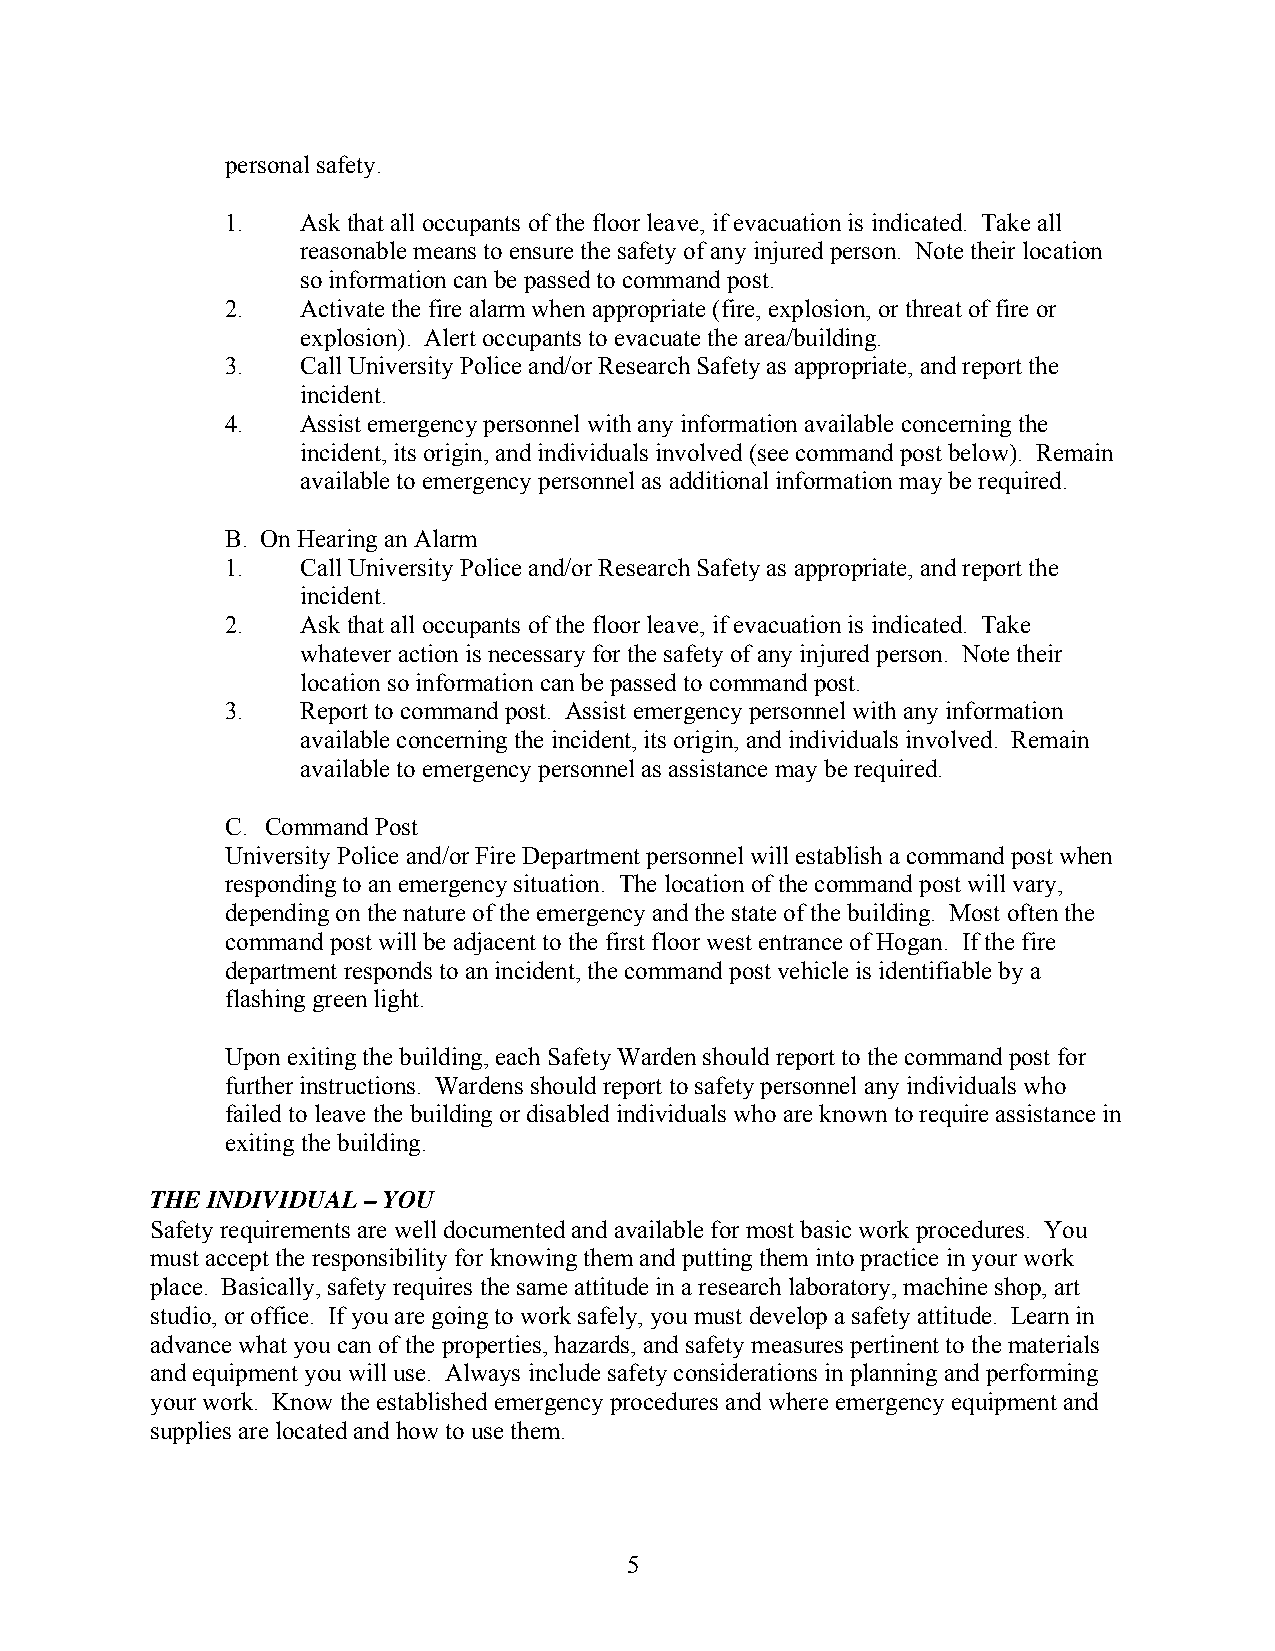
personal safety.
 1.   Ask that all occupants of the floor leave, if evacuation is indicated. Take all
 reasonable means to ensure the safety of any injured person. Note their location
 so information can be passed to command post.
 2.   Activate the fire alarm when appropriate (fire, explosion, or threat of fire or
 explosion). Alert occupants to evacuate the area/building.
 3.   Call University Police and/or Research Safety as appropriate, and report the
 incident.
 4.   Assist emergency personnel with any information available concerning the
 incident, its origin, and individuals involved (see command post below). Remain
 available to emergency personnel as additional information may be required.
 B. On Hearing an Alarm
 1.   Call University Police and/or Research Safety as appropriate, and report the
 incident.
 2.   Ask that all occupants of the floor leave, if evacuation is indicated. Take
 whatever action is necessary for the safety of any injured person. Note their
 location so information can be passed to command post.
 3.   Report to command post. Assist emergency personnel with any information
 available concerning the incident, its origin, and individuals involved. Remain
 available to emergency personnel as assistance may be required.
 C. Command Post
 University Police and/or Fire Department personnel will establish a command post when
 responding to an emergency situation. The location of the command post will vary,
 depending on the nature of the emergency and the state of the building. Most often the
 command post will be adjacent to the first floor west entrance of Hogan. If the fire
 department responds to an incident, the command post vehicle is identifiable by a
 flashing green light.
 Upon exiting the building, each Safety Warden should report to the command post for
 further instructions. Wardens should report to safety personnel any individuals who
 failed to leave the building or disabled individuals who are known to require assistance in
 exiting the building.
 THE INDIVIDUAL – YOU
 Safety requirements are well documented and available for most basic work procedures. You
 must accept the responsibility for knowing them and putting them into practice in your work
 place. Basically, safety requires the same attitude in a research laboratory, machine shop, art
 studio, or office. If you are going to work safely, you must develop a safety attitude. Learn in
 advance what you can of the properties, hazards, and safety measures pertinent to the materials
 and equipment you will use. Always include safety considerations in planning and performing
 your work. Know the established emergency procedures and where emergency equipment and
 supplies are located and how to use them.
 5